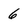
Character: 6